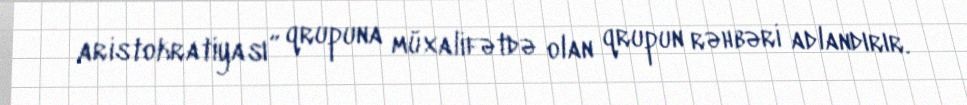
aristokratiyası” qrupuna müxalifətdə olan qrupun rəhbəri adlandırır.